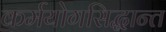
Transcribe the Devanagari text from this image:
कर्मयोगसिद्धान्त